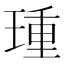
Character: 𰢈